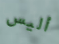
أليس